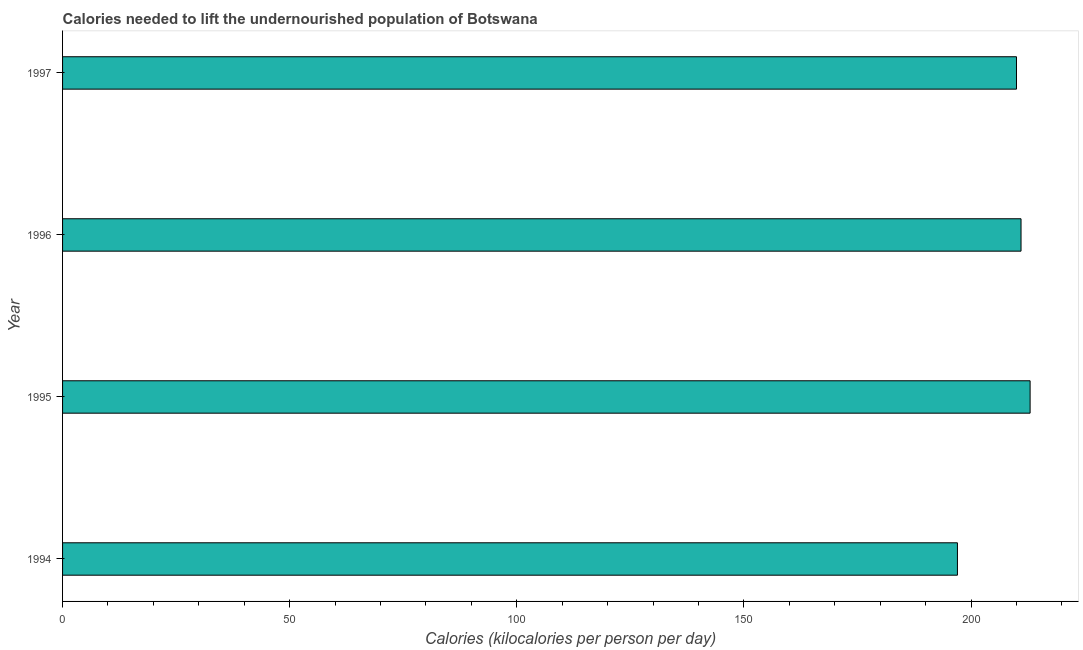
| Year | Depth of the food deficit |
 | --- | --- |
 | 1994 | 197 |
 | 1995 | 213 |
 | 1996 | 211 |
 | 1997 | 210 |